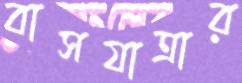
বাসযাত্রার